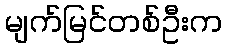
မျက်မြင်တစ်ဦးက